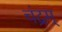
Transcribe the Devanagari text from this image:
चंद्रम्